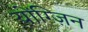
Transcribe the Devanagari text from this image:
योंग्ज़िन